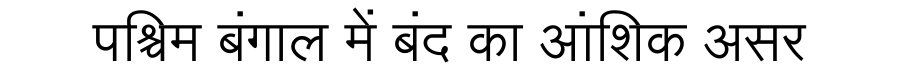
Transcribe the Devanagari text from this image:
पश्चिम बंगाल में बंद का आंशिक असर